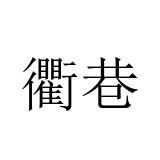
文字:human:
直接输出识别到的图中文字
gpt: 衢巷